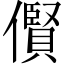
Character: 𫣴